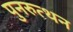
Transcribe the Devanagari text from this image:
पुनरुत्थन